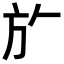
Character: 𭤨